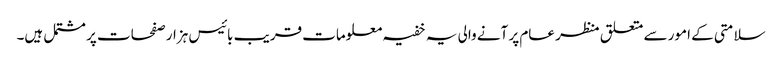
سلامتی کے امور سے متعلق منظر عام پر آنے والی یہ خفیہ معلومات قریب بائیس ہزار صفحات پر مشتمل ہیں۔